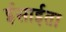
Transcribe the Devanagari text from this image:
ईसाईता